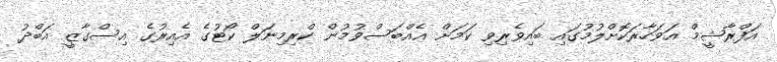
އަފްރާޝީމް އަވަހާރަކޮށްލުމުގައި ބައިވެރިވި ކަމަށް އެއްބަސްވުމުން ކްރިމިނަލް ކޯޓުގެ އެއިރުގެ އިސްގާޒީ އަބްދު